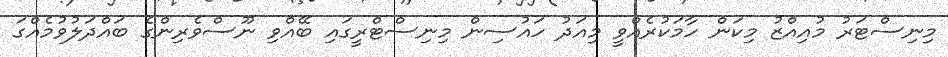
މިނިސްޓަރު މުއިއްޒު މިކަން ހާމަކުރެއްވީ މިއަދު ހައުސިން މިނިސްޓްރީގައި ބޭއްވި ނޫސްވެރިންގެ ބައްދަލުވުމެއްގަ